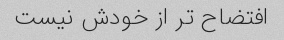
افتضاح تر از خودش نیست